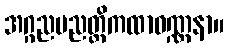
အဂ္ဂညပညတ္တိကထာဝဏ္ဏနာ။